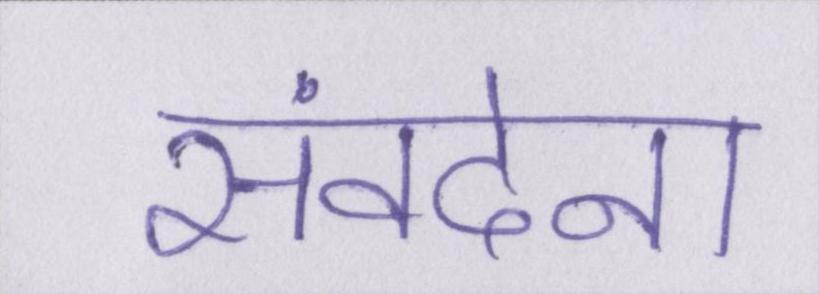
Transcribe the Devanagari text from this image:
संवदेना